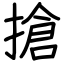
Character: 搶